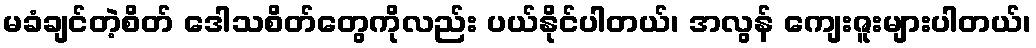
မခံချင်တဲ့စိတ် ဒေါသစိတ်တွေကိုလည်း ပယ်နိုင်ပါတယ်၊ အလွန် ကျေးဇူးများပါတယ်၊